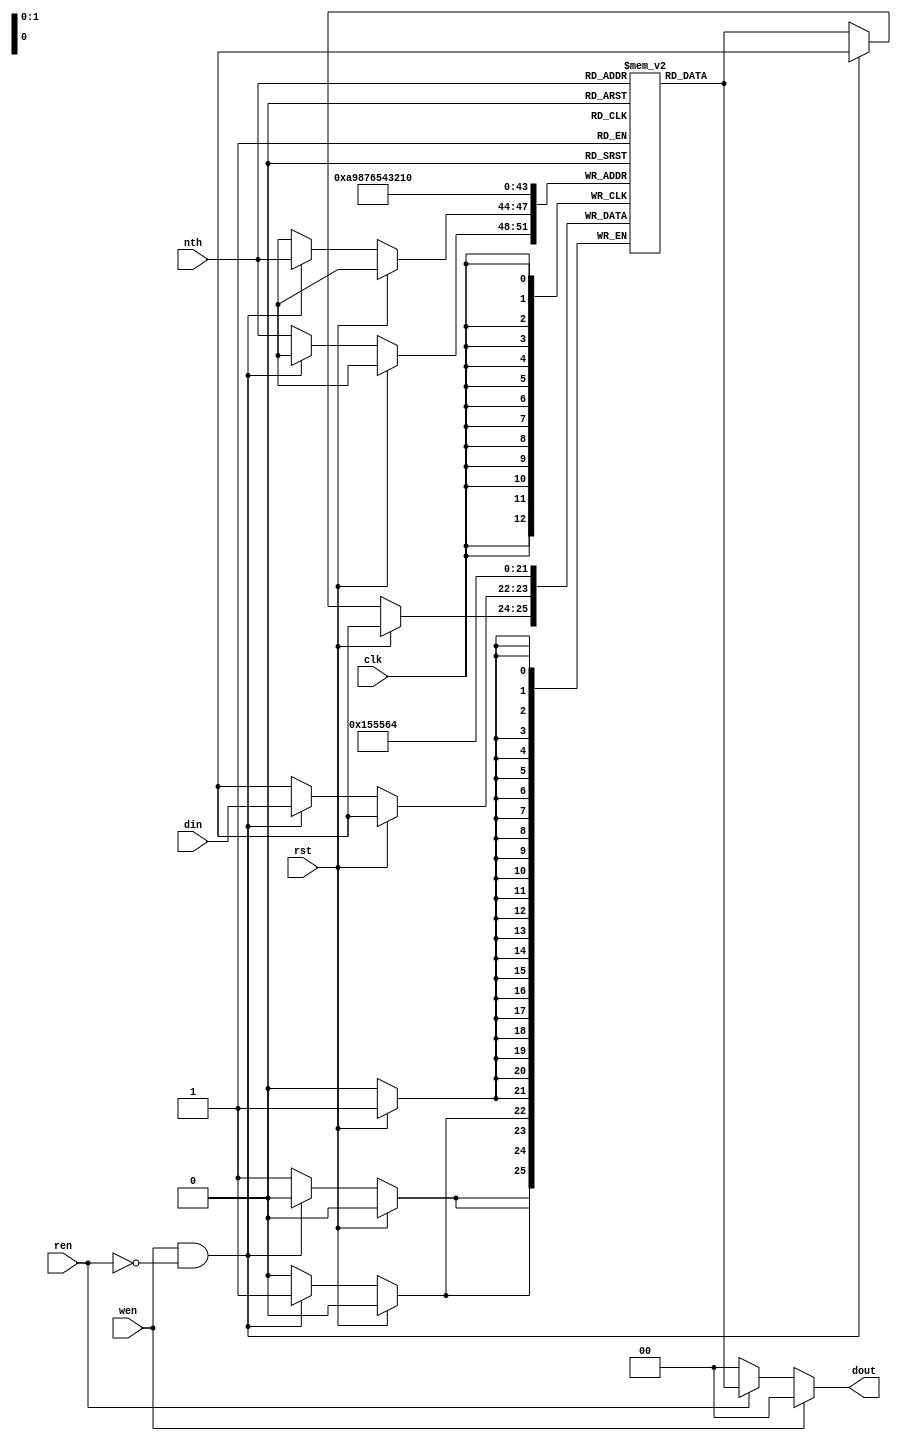
`define bodyNum 11
module Type(
    input [2-1:0] din,
    output reg [2-1:0] dout,
    input clk,
    input rst,
    input [4-1:0] nth,
    input ren,
    input wen
    );

    reg [2-1:0] type[0:`bodyNum-1];// 0: static 1: dynamic 2:pig

    always@(posedge clk) begin
        if(rst) begin
            type[0] <= 2'd0; //ground
            type[1] <= 2'd1; //bird
            type[2] <= 2'd2; //pig
            type[3] <= 2'd1;
            type[4] <= 2'd1;
            type[5] <= 2'd1;
            type[6] <= 2'd1;
            type[7] <= 2'd1;
            type[8] <= 2'd1;
            type[9] <= 2'd1;
            type[10] <= 2'd1;
        end
        else begin
            if (wen && ren == 1'b0) begin
                type[nth] <= din;
            end
            else begin
                type[nth] <= type[nth];
            end
        end
    end

    always @ ( * ) begin
      if (wen) begin
        dout = 2'd0;
      end
      else begin
        if (ren) begin
          dout = type[nth];
        end
        else begin
          dout = 2'd0;
        end
      end
    end

endmodule

module Alive(
    input din,
    output reg dout,
    input clk,
    input rst,
    input [3:0] nth,
    input ren,
    input wen
    );

    reg [0:`bodyNum-1] alive;// 0:dead 1:alive

    always@(posedge clk) begin
        if(rst) begin
            alive[0] <= 1'b1;
            alive[1] <= 1'b1;
            alive[2] <= 1'b1;
            alive[3] <= 1'b1;
            alive[4] <= 1'b1;
            alive[5] <= 1'b1;
            alive[6] <= 1'b1;
            alive[7] <= 1'b1;
            alive[8] <= 1'b1;
            alive[9] <= 1'b1;
            alive[10] <= 1'b1;
        end
        else begin
            if (wen && ren == 1'b0) begin
                alive[nth] <= din;
            end else begin
                alive[nth] <= alive[nth];
            end
        end
    end

    always @ ( * ) begin
      if (wen) begin
        dout <= 1'b0;
      end else begin
        if (ren) begin
          dout = alive[nth];
        end else begin
          dout = 1'b0;
        end
      end
    end


endmodule

module Position(
    input signed [18:0] pos_x_in,
    input signed [18:0] pos_y_in,
    output reg signed [18:0] pos_x_out,
    output reg signed [18:0] pos_y_out,
    input clk,
    input rst,
    input [3:0] nth,
    input ren,
    input wen
    );

    reg signed [18:0] posX[0:`bodyNum-1];
    reg signed [18:0] posY[0:`bodyNum-1];

    always@(posedge clk) begin
        if(rst) begin
            posX[0] <= {1'b0,10'd320,8'b0}; posY[0] <= {1'b0,10'd440,8'b0};//ground
            posX[1] <= {1'b0,10'd130,8'b0}; posY[1] <= {1'b0,10'd310,8'b0};
            posX[2] <= {1'b0,10'd450,8'b0}; posY[2] <= {1'b0,10'd390,8'b0};
            posX[3] <= {1'b0,10'd380,8'b0}; posY[3] <= {1'b0,10'd368,8'b0};
            posX[4] <= {1'b0,10'd420,8'b0}; posY[4] <= {1'b0,10'd368,8'b0};
            posX[5] <= {1'b0,10'd480,8'b0}; posY[5] <= {1'b0,10'd368,8'b0};
            posX[6] <= {1'b0,10'd450,8'b0}; posY[6] <= {1'b0,10'd332,8'b0};//horizontal
            posX[7] <= {1'b0,10'd435,8'b0}; posY[7] <= {1'b0,10'd296,8'b0};
            posX[8] <= {1'b0,10'd465,8'b0}; posY[8] <= {1'b0,10'd296,8'b0};
            posX[9] <= {1'b0,10'd450,8'b0}; posY[9] <= {1'b0,10'd260,8'b0};//horizontal
            posX[10] <= {1'b0,10'd0,8'b0}; posY[10] <= {1'b0,10'd0,8'b0};
        end
        else begin
            if (wen && ren == 1'b0) begin
                posX[nth] <= pos_x_in;
                posY[nth] <= pos_y_in;
            end
            else begin
                posX[nth] <= posX[nth];
                posY[nth] <= posY[nth];
            end
        end
    end

    always @ ( * ) begin
      if (wen) begin
        pos_x_out = {1'b0,10'd0,8'b0};
        pos_y_out = {1'b0,10'd0,8'b0};
      end else begin
        if (ren) begin
          pos_x_out = posX[nth];
          pos_y_out = posY[nth];
        end else begin
          pos_x_out = {1'b0,10'd0,8'b0};
          pos_y_out = {1'b0,10'd0,8'b0};
        end
      end
    end

endmodule

module Radian(
    input signed [10-1:0] din,
    output reg signed [10-1:0] dout,
    input clk,
    input rst,
    input [4-1:0] nth,
    input ren,
    input wen
    );
    // 1 signed bit, 2 int bit, 7 float bit
    reg signed [10-1:0] rad[0:`bodyNum-1];

    always@(posedge clk) begin
        if(rst) begin
            rad[0] <= {1'b0,2'b00,7'b000_0000};
            rad[1] <= {1'b0,2'b00,7'b000_0000};
            rad[2] <= {1'b0,2'b00,7'b000_0000};
            rad[3] <= {1'b0,2'b00,7'b000_0000};
            rad[4] <= {1'b0,2'b00,7'b000_0000};
            rad[5] <= {1'b0,2'b00,7'b000_0000};
            rad[6] <= {1'b0,2'b00,7'b000_0000};
            rad[7] <= {1'b0,2'b00,7'b000_0000};
            rad[8] <= {1'b0,2'b00,7'b000_0000};
            rad[9] <= {1'b0,2'b00,7'b000_0000};
            rad[10] <= {1'b0,2'b00,7'b000_0000};
        end
        else begin
            if (wen && ren == 1'b0) begin
                rad[nth] <= din;
            end
            else begin
                rad[nth] <= rad[nth];
            end
        end
    end

    always @ ( * ) begin
      if (wen) begin
        dout = {1'b0,2'b00,7'b000_0000};
      end else begin
        if (ren) begin
          dout = rad[nth];
        end else begin
          dout = {1'b0,2'b00,7'b000_0000};
        end
      end
    end

endmodule

module Vertices(
    input signed [18:0] pos_x_in,
    input signed [18:0] pos_y_in,
    output reg signed [18:0] pos_x_out,
    output reg signed [18:0] pos_y_out,
    input clk,
    input [3:0] nth,
    input [1:0] i,
    input ren,
    input wen
    );

    // Ex:
    //  0       1        ...
    // |0|1|2|3|4|5|6|7| ...

    reg signed [18:0] posX[0:4*`bodyNum-1];
    reg signed [18:0] posY[0:4*`bodyNum-1];

    always@(posedge clk) begin
        if (wen && ren == 1'b0) begin
            posX[4*nth + i] <= pos_x_in;
            posY[4*nth + i] <= pos_y_in;
        end
        else begin
            posX[4*nth + i] <= posX[4*nth + i];
            posY[4*nth + i] <= posY[4*nth + i];
        end
    end

    always @ ( * ) begin
      if (wen) begin
        pos_x_out = {1'b0,10'd0,8'b0};
        pos_y_out = {1'b0,10'd0,8'b0};
      end else begin
        if (ren) begin
          pos_x_out = posX[4*nth + i];
          pos_y_out = posY[4*nth + i];
        end else begin
          pos_x_out = {1'b0,10'd0,8'b0};
          pos_y_out = {1'b0,10'd0,8'b0};
        end
      end
    end

endmodule

//module Norm(
//    input signed [10-1:0] norm_x_in,
//    input signed [10-1:0] norm_y_in,
//    output reg signed [10-1:0] norm_x_out,
//    output reg signed [10-1:0] norm_y_out,
//    input clk,
//    input rst,
//    input [4-1:0] nth,
//    input [1:0] i,
//    input ren,
//    input wen
//    );

//    reg signed [10-1:0] normX[0:40-1];
//    reg signed [10-1:0] normY[0:40-1];

//    always@(posedge clk) begin
//        if (wen && ren == 1'b0) begin
//            normX[4*nth + i] <= norm_x_in;
//            normY[4*nth + i] <= norm_y_in;
//        end
//        else begin
//            normX[4*nth + i] <= normX[4*nth + i];
//            normY[4*nth + i] <= normY[4*nth + i];
//        end
//    end

//    always @ ( * ) begin
//      if (wen) begin
//        norm_x_out = {1'b0,1'b0,8'b0};
//        norm_y_out = {1'b0,1'b0,8'b0};
//      end else begin
//        if (ren) begin
//          norm_x_out = normX[4*nth + i];
//          norm_y_out = normY[4*nth + i];
//        end else begin
//          norm_x_out = {1'b0,1'b0,8'b0};
//          norm_y_out = {1'b0,1'b0,8'b0};
//        end
//      end
//    end

//endmodule